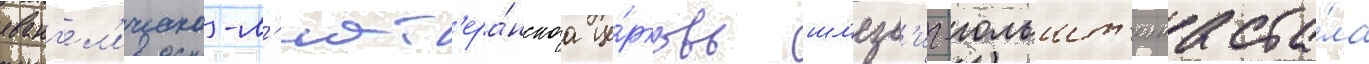
еванг'ел'ическо-л'ют'ера́нскаа це́рковь шл'езв'иг-гольшт'еина ста́ла